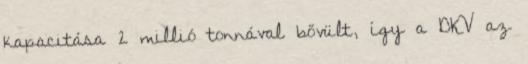
kapacitása 2 millió tonnával bővült, így a DKV az